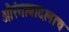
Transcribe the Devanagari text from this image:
औरंगाबादलाच